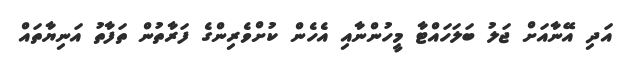
އަދި އޭނާއަށް ޖަލު ބަލަހައްޓާ މީހުންނާއި އެހެން ކުށްވެރިންގެ ފަރާތުން ތަފާތު އަނިޔާތައް